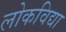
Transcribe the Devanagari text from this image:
लोकविद्या